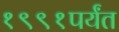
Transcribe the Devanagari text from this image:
१९९१पर्यंत